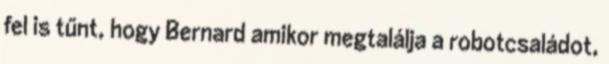
fel is tűnt, hogy Bernard amikor megtalálja a robotcsaládot,